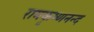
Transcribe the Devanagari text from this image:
रामकृष्णनन्द